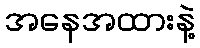
အနေအထားနဲ့